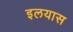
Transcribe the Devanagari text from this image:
इलयास